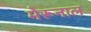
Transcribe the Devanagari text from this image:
मेरूनाल